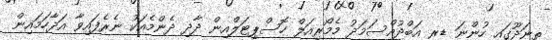
ތިނަދޫގައި ހުންނަ ޑރ އަބްދުއްސަމަދު މެމޯރިއަލް ހޮސްޕިޓަލްއިން ދާދި ދެންމެެއަކު ނެރެފައިވާ އަދާހަމައިން